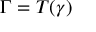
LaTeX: \Gamma = T ( \gamma )